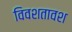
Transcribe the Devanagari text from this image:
विवशतावश